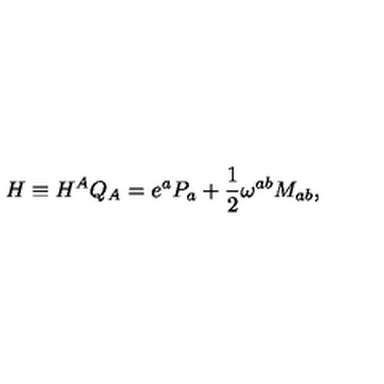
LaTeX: H \equiv H ^ { A } Q _ { A } = e ^ { a } P _ { a } + \frac { 1 } { 2 } \omega ^ { a b } M _ { a b } ,